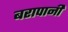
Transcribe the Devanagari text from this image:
बरापानी